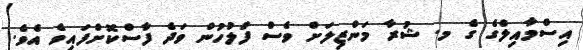
އިސްމާއިލްގެ ގެ މ. ޝުރާ މަންޒިލަށް ވެސް ފުލުހުން ވަދެ ފާސްކޮށްފައިވެ އެވެ.